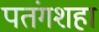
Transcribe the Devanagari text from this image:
पतंगशहा